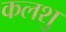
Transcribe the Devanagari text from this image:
कलशु